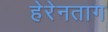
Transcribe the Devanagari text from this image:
हेरेनताग